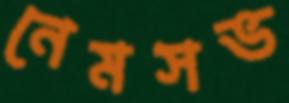
নেমসভ